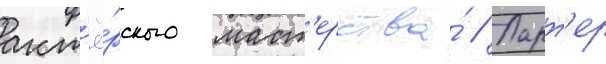
акт'ё́рского маст'ерства́ // Ларт'ер